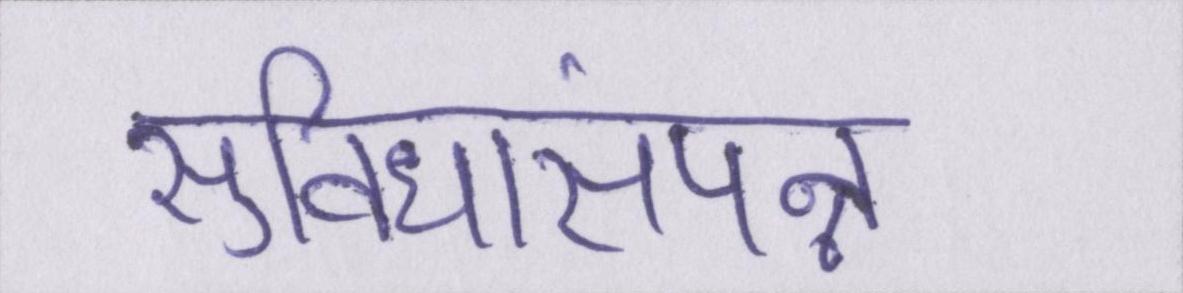
सुविधासंपन्न